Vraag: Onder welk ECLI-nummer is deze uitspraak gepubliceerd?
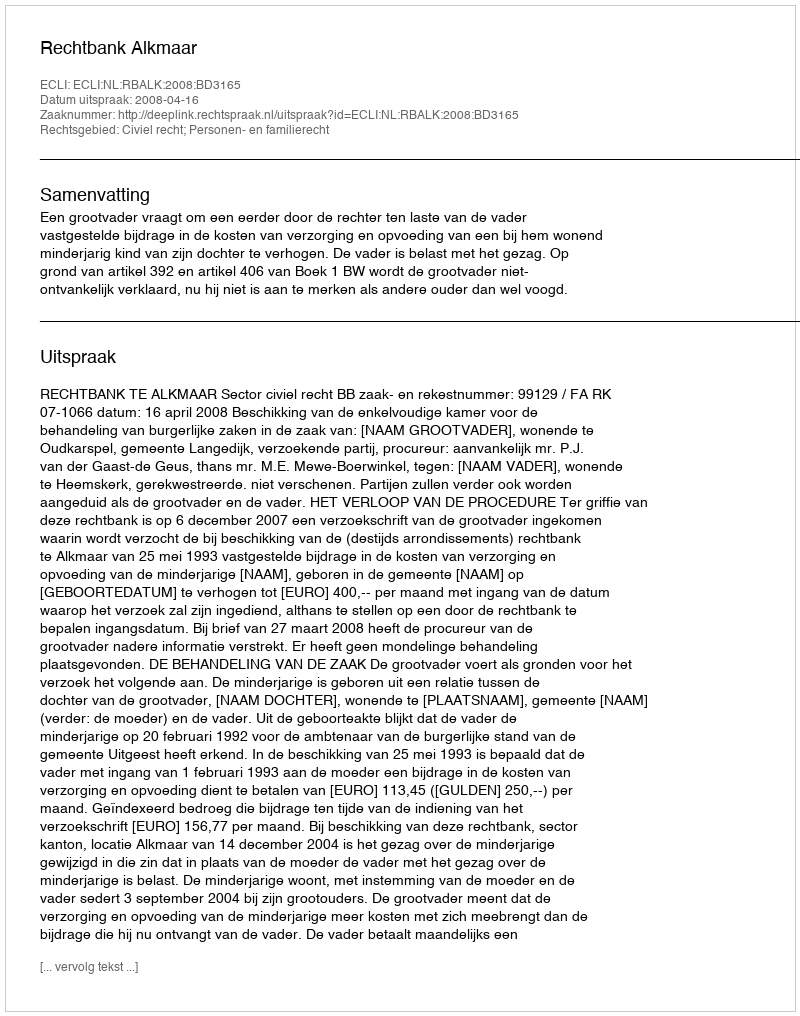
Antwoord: ECLI:NL:RBALK:2008:BD3165